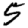
Digit: 5